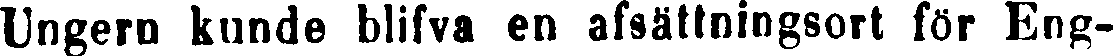
Ungern kunde blifva en afsättningsort för Eng-